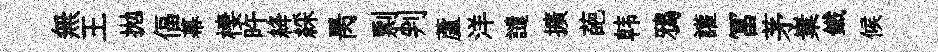
無王拋偪幕棲旿絳綵昺剽判蘆洋譴擴葩韩鴉讙冨茅嶪鐵候